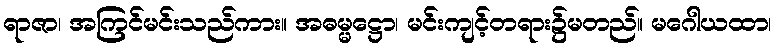
ရာဇာ၊ အကြင်မင်းသည်ကား။ အဓမ္မဋ္ဌော၊ မင်းကျင့်တရား၌မတည်။ မဂေါယထာ၊